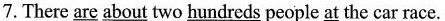
7.There \underline{are} \underline{about} two \underline{hundreds} people \underline{at }the car race.